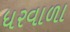
ધરવાળા